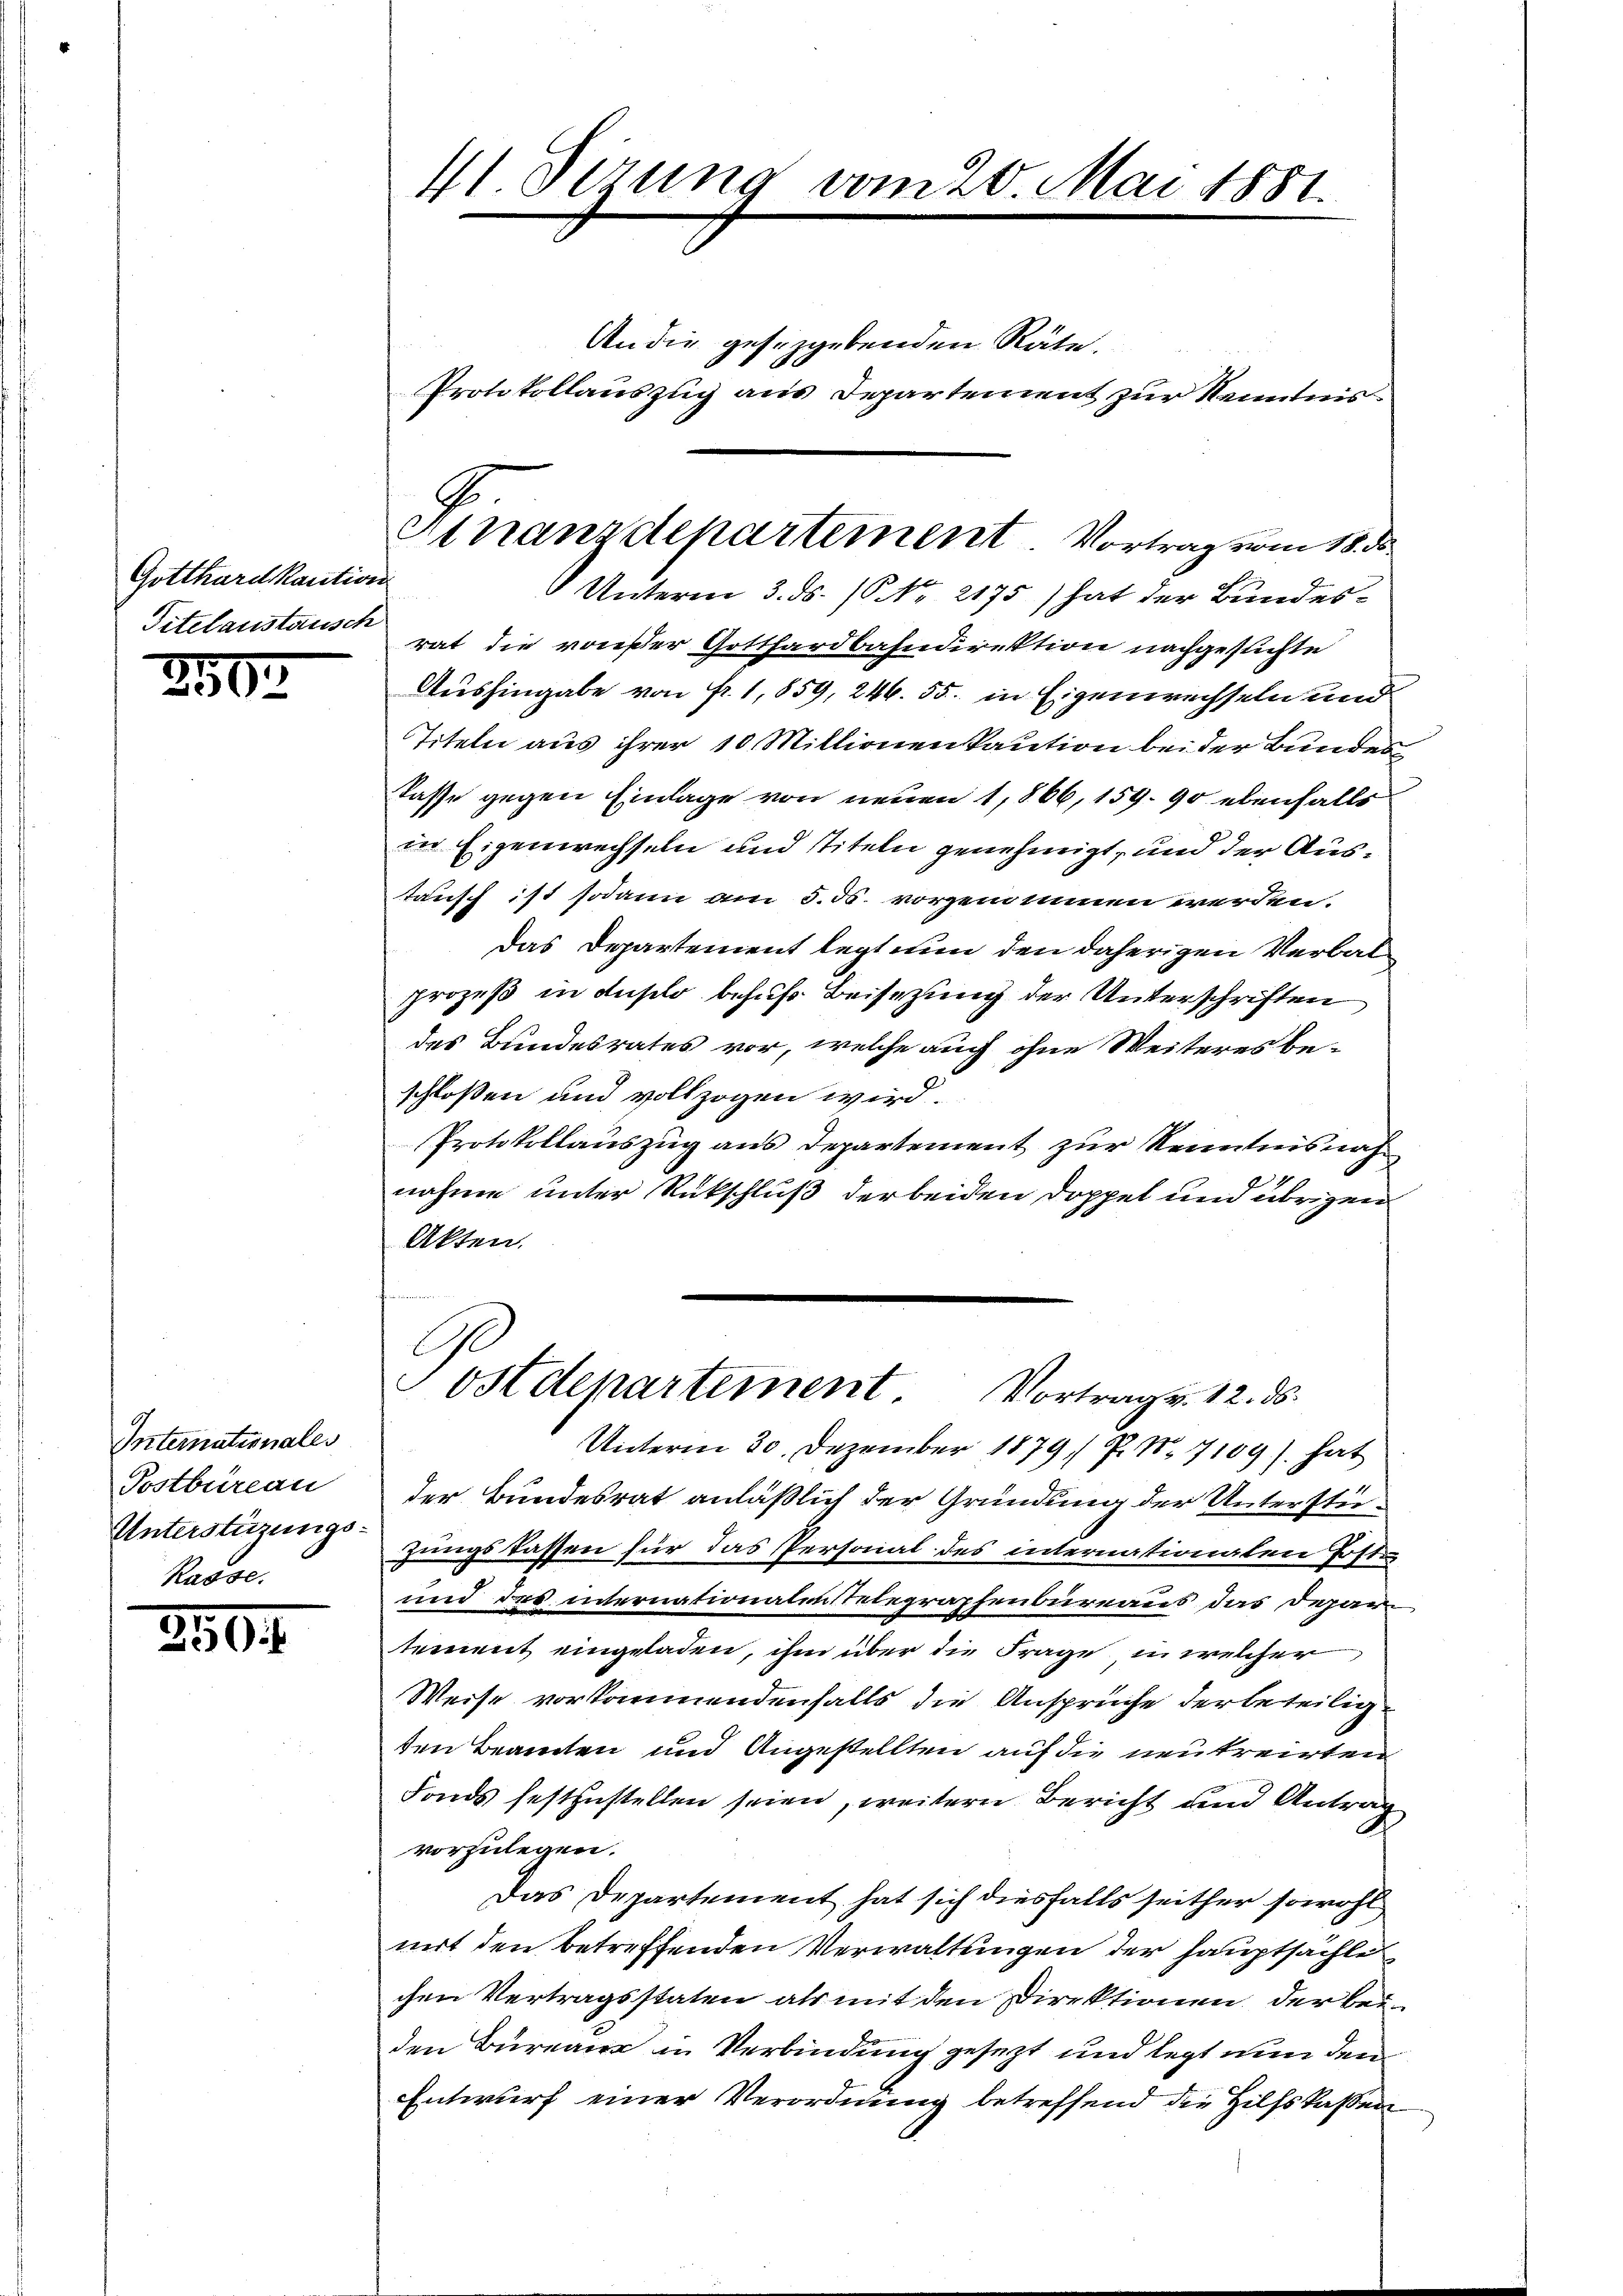
Gotthard kaution
Titelaustausch

2502

Internationales
Postbüreau
Unterstüzungs¬
Rasse.

250

41 Sezung vom 20. Mai 1881.

An die gesetzgebenden Räte.
Protokollauszug aus Departement zur Kenntnis
rat die vonser Gotthardbahndirektion nachgesuchte
Aushingabe von fr. 1,859, 246. 55. in Eigenwechseln und
Titeln aus ihrer 10 Millionenkaution bei der Bundes
dasse gegen Einlage von neuen 1866, 159. 90 ebenfalls
in Eigenwechseln und Titeln genehmigt, und der Austausch ist sodann am 5. ds. vorgenommen werden.
Das Departement legt nun den daherigen Verbalprozeß in Auslo behufs Beisezung der Unterschriften
des Bundesrates vor, welche auch ohne Weiteres be-
schlossen und vollzogen wird.
Protokollauszug aus Departement zur Kenntnisnah
nahme unter Rückschluß der beiden Doppel und übrigen
Akten.
ostdepartement Vortrag v. 12. ds.
Unterm 30. Dezember 1879 P. Nr. 7109) hat
der Bundesrat anläßlich der Gründung der Unterstügungskassen für das Personal des internationalen Poste
und des internationatentelegraphenbureaus das Depar
tement eingeladen, ihm über die Frage, in welcher
Weise vorkommendenfalls die Ansprüche der beteiligden Beamten und Angestellten auf die neutreirten
Fonds festzustellen seien, weitern Bericht und Antrag
vorzulegen.
Das Departement hat sich diesfalls seither sowohl
mit den betreffenden Verwaltungen der Hauptsachte
chen Vertragsstaten als mit den Direktionen der beiden Büreau in Verbindung gesezt und legt nun den
Entwurf einer Verordnung betreffend die Hilfskaßen

G
Atnanzdepartement. Vortrag vom 18. ds.
 Unterm 3. ds. / NNo. 2175) hat der Bundes¬